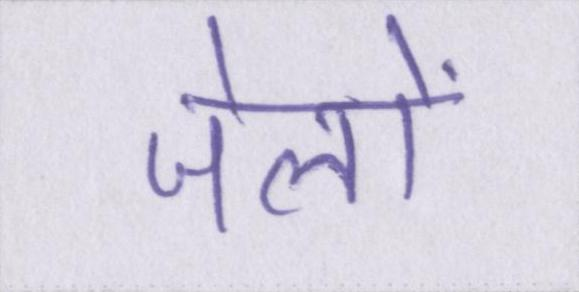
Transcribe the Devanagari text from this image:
जेलों